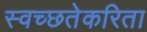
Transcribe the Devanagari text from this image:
स्वच्छतेकरिता